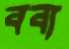
বব্য